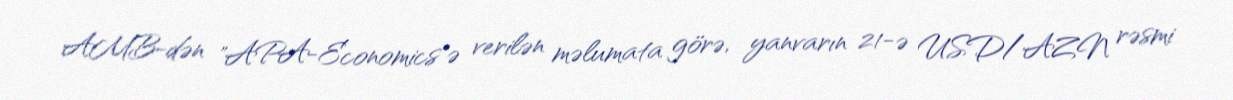
AMB-dən "APA-Economics"ə verilən məlumata görə, yanvarın 21-ə USD/AZN rəsmi